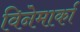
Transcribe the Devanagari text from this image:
विनेमार्का